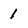
Character: 1